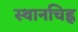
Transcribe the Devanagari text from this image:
स्थानचिह्न